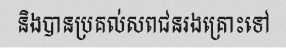
និងបានប្រគល់សពជនរងគ្រោះទៅ